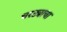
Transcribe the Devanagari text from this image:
घरट्याचा